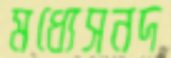
মধ্যেসনদ